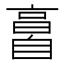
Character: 𦤘